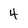
Character: 4